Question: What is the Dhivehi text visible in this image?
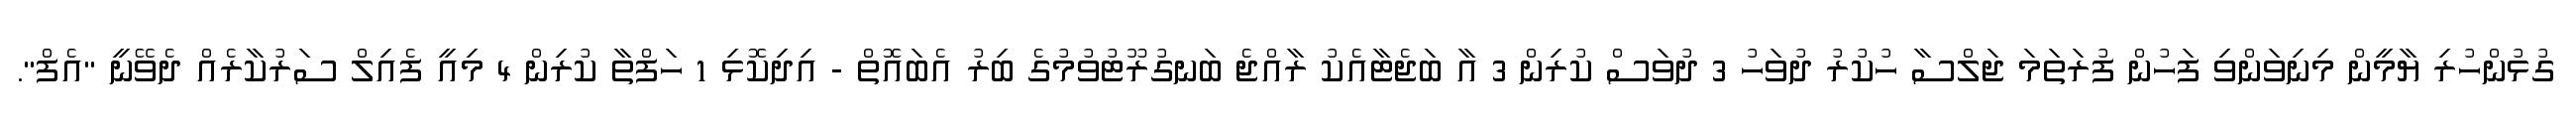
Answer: ގުޅުންހުރި ޔާމީން މިނިވަންވި ފަހުން ފުރަތަމަ ޖަލްސާ ހުކުރު ދުވަހު 3 ދުވަސް ކުރިން 3 އާ ބަޖެޓާއެކު ރާއްޖެ ބަނގުރޫޓުވުމުގެ ބިރު އެބައޮތް - އިދިކޮޅި 1 ހަފްތާ ކުރިން 4 މިއީ ފެއިލް ސަރުކާރެއް ދެވޭނީ "އެފް".